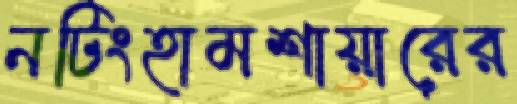
নটিংহামশায়ারের